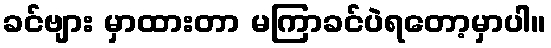
ခင်ဗျား မှာထားတာ မကြာခင်ပဲရတော့မှာပါ။